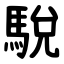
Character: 駾